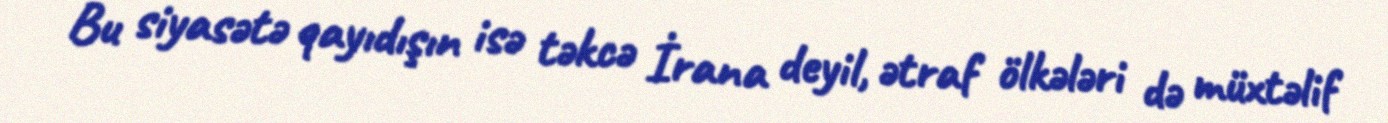
Bu siyasətə qayıdışın isə təkcə İrana deyil, ətraf ölkələri də müxtəlif